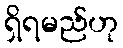
ရှိရမည်ဟု